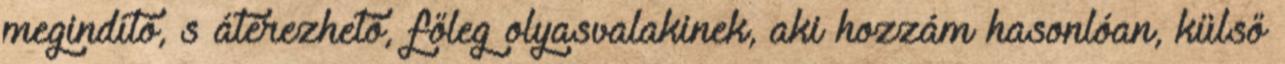
megindító, s átérezhető, főleg olyasvalakinek, aki hozzám hasonlóan, külső